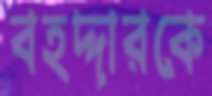
বহদ্দারকে